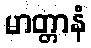
မာတ္တာနံ